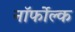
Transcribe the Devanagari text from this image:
नॉर्फोल्क